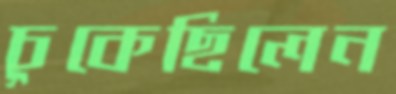
চুকেছিলেন